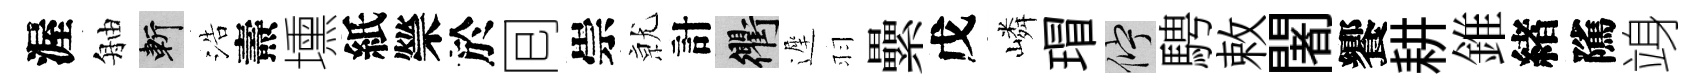
渥舳斬浩燾壎紙禜於囘崇𭕒計衢遲羽纍戊嶙瑁伫騁敕闍饗耕錐緖隲竧